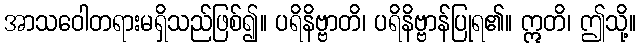
အာသဝေါတရားမရှိသည်ဖြစ်၍။ ပရိနိဗ္ဗာတိ၊ ပရိနိဗ္ဗာန်ပြုရ၏။ ဣတိ၊ ဤသို့။